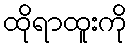
ထိုရာထူးကို